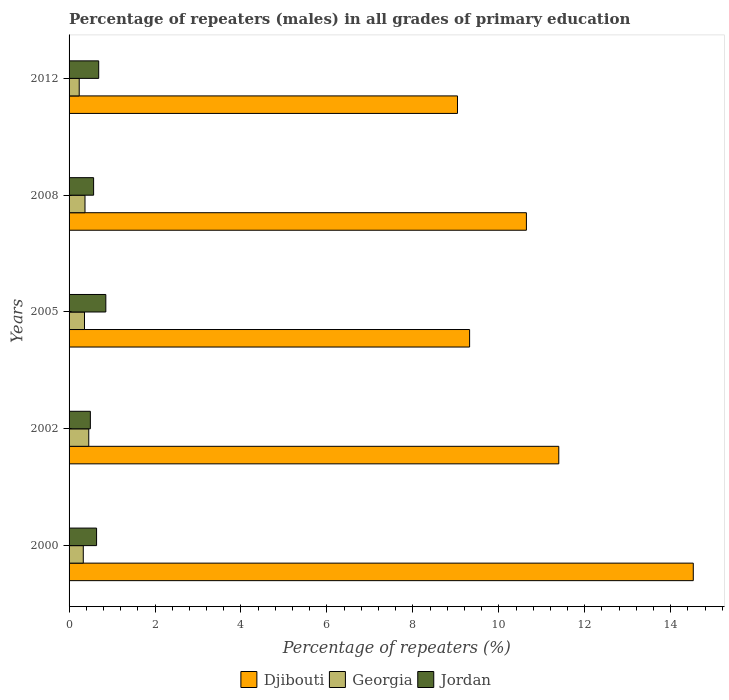
| Years | Djibouti | Georgia | Jordan |
 | --- | --- | --- | --- |
 | 2000 | 14.5 | 0.331 | 0.64 |
 | 2002 | 11.4 | 0.458 | 0.495 |
 | 2005 | 9.32 | 0.359 | 0.855 |
 | 2008 | 10.6 | 0.371 | 0.571 |
 | 2012 | 9.04 | 0.236 | 0.69 |